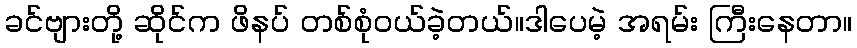
ခင်ဗျားတို့ ဆိုင်က ဖိနပ် တစ်စုံဝယ်ခဲ့တယ်။ဒါပေမဲ့ အရမ်း ကြီးနေတာ။